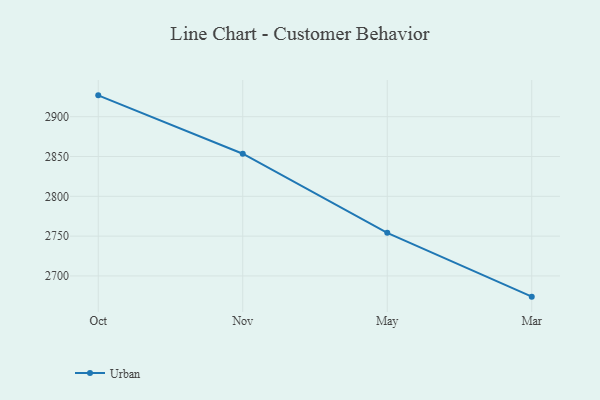
{"axis": {"x": "Month", "y": "Demand Index"}, "legend": ["Urban"], "data": [{"x": "Oct", "y": 2926.8, "type": "Urban"}, {"x": "Nov", "y": 2853.5, "type": "Urban"}, {"x": "May", "y": 2754.2, "type": "Urban"}, {"x": "Mar", "y": 2674.0, "type": "Urban"}]}